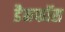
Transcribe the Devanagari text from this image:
डैनफॉस